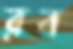
রব